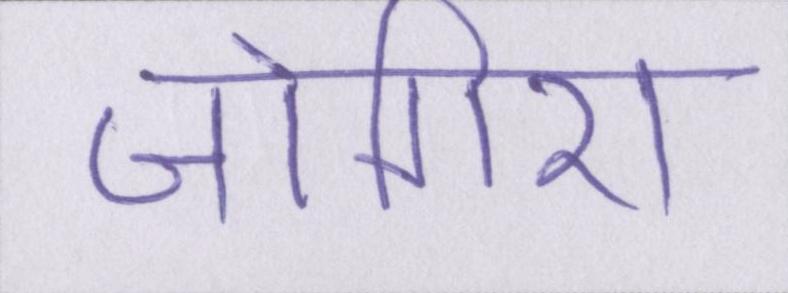
जोगिरा